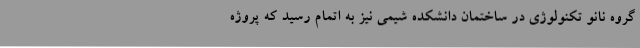
گروه نانو تکنولوژی در ساختمان دانشکده شیمی نیز به اتمام رسید که پروژه